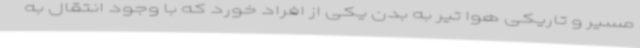
مسیر و تاریکی هوا تیر به بدن یکی از افراد خورد که با وجود انتقال به